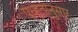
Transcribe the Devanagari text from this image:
पध्हतीनुसार